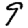
Digit: 9